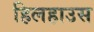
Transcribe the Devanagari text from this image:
हिलहाउस